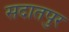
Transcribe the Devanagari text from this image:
सदातपुर